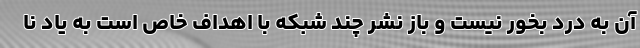
آن به درد بخور نیست و باز نشر چند شبکه با اهداف خاص است به یاد نا